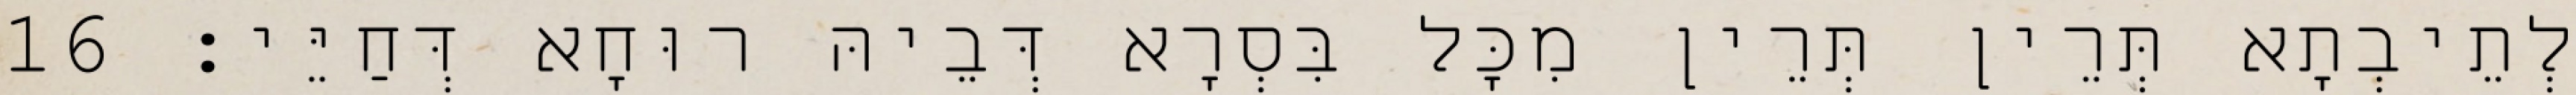
לְתֵיבְתָא תְּרֵין תְּרֵין מִכָּל בִּסְרָא דְּבֵיהּ רוּחָא דְּחַיֵּי׃ 16